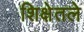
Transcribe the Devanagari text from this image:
शिक्षेतले